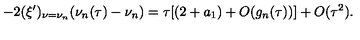
- 2 ( \xi ^ { \prime } ) _ { \nu = \nu _ { n } } ( \nu _ { n } ( \tau ) - \nu _ { n } ) = \tau [ ( 2 + a _ { 1 } ) + O ( g _ { n } ( \tau ) ) ] + O ( \tau ^ { 2 } ) .